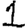
Digit: 1